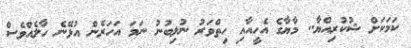
ކަމަކަށް ޝުކުރިއްޔާ.. މާޔާގެ އެހީއާއި ހިތްވަރު ނުލިބުނު ނަމަ އަހަރެން އުޅޭނެ ހާލެއްވެސް